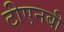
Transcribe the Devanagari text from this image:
टीएनबी